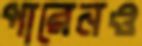
পারেনও